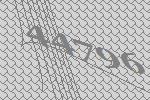
44796